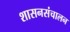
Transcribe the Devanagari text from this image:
शासनसंचालन